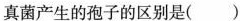
真菌产生的孢子的区别是( )